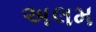
અલમ